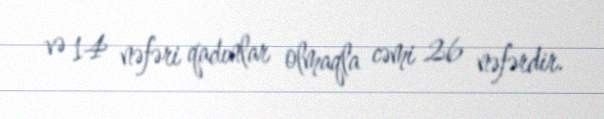
və 14 nəfəri qadınlar olmaqla cəmi 26 nəfərdir.